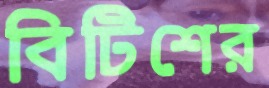
বিটিশের